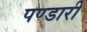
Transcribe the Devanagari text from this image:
पण्डारी